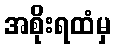
အစိုးရထံမှ